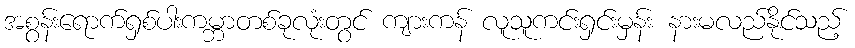
အစွန်းရောက်ရှစ်ပါးကမ္ဘာတစ်ခုလုံးတွင် ကျားကန် လူသူကင်းရှင်းမှန်း နားမလည်နိုင်သည့်